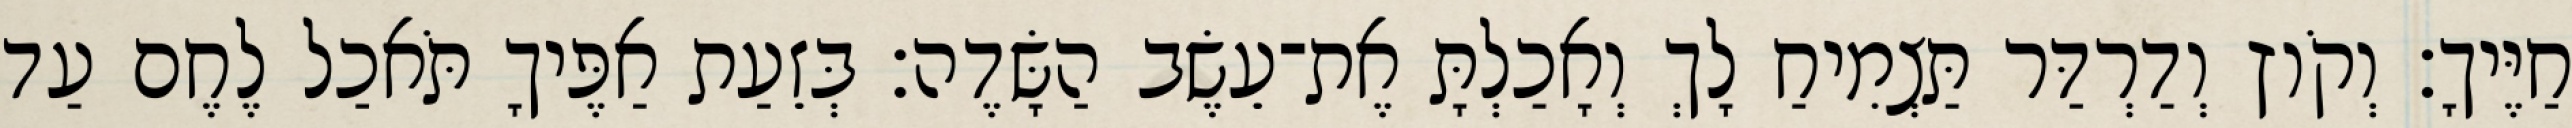
חַיֶּיךָ׃ וְקֹוץ וְדַרְדַּר תַּצְמִיחַ לָךְ וְאָכַלְתָּ אֶת־עֵשֶׂב הַשָּׂדֶה׃ בְּזֵעַת אַפֶּיךָ תֹּאכַל לֶחֶם עַד